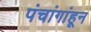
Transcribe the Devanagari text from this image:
पंचांगांहून